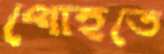
পোহতে